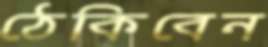
ঠেকিবেন